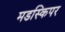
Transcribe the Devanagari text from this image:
मडस्किपर